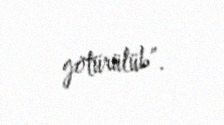
götürülüb”.